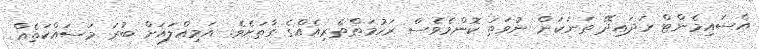
އެސައިމެންޓް ހަދައިދޭ ތަނަކަށް ނުވަތަ ކޮންމެވެސް ރަހުމަތްތެރިއެއްގެ ގާތަށެވެ. އަމިއްލައަށް ބުރަ މަސައްކަތެއް